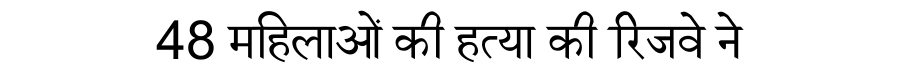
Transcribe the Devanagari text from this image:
48 महिलाओं की हत्या की रिजवे ने